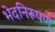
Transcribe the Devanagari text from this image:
भेदनिरूपण